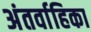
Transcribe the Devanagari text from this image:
अंतर्वाहिका